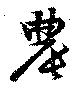
農